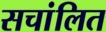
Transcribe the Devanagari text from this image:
सचांलित